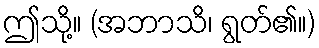
ဤသို့။ (အဘာသိ၊ ရွတ်၏။)